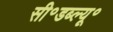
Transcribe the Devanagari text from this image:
सी॰डब्ल्यू॰